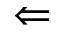
\Leftarrow